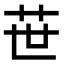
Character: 𦭓